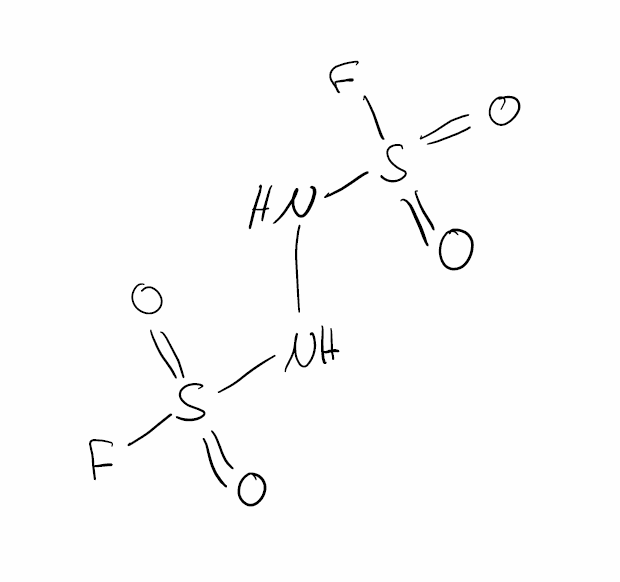
Simplified molecular-input line-entry system (SMILES) notation of the given molecule:
N(NS(=O)(=O)F)S(=O)(=O)F